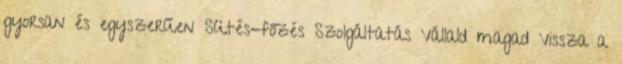
gyorsan és egyszerűen Sütés-főzés Szolgáltatás Vállald magad Vissza a